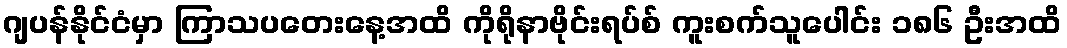
ဂျပန်နိုင်ငံမှာ ကြာသပတေးနေ့အထိ ကိုရိုနာဗိုင်းရပ်စ် ကူးစက်သူပေါင်း ၁၈၆ ဦးအထိ